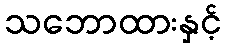
သဘောထားနှင့်